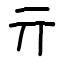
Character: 亓